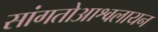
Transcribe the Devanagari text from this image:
सांगतोआश्वलायन